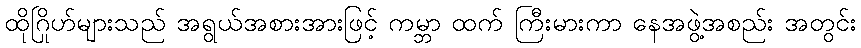
ထိုဂြိုဟ်များသည် အရွယ်အစားအားဖြင့် ကမ္ဘာ ထက် ကြီးမားကာ နေအဖွဲ့အစည်း အတွင်း